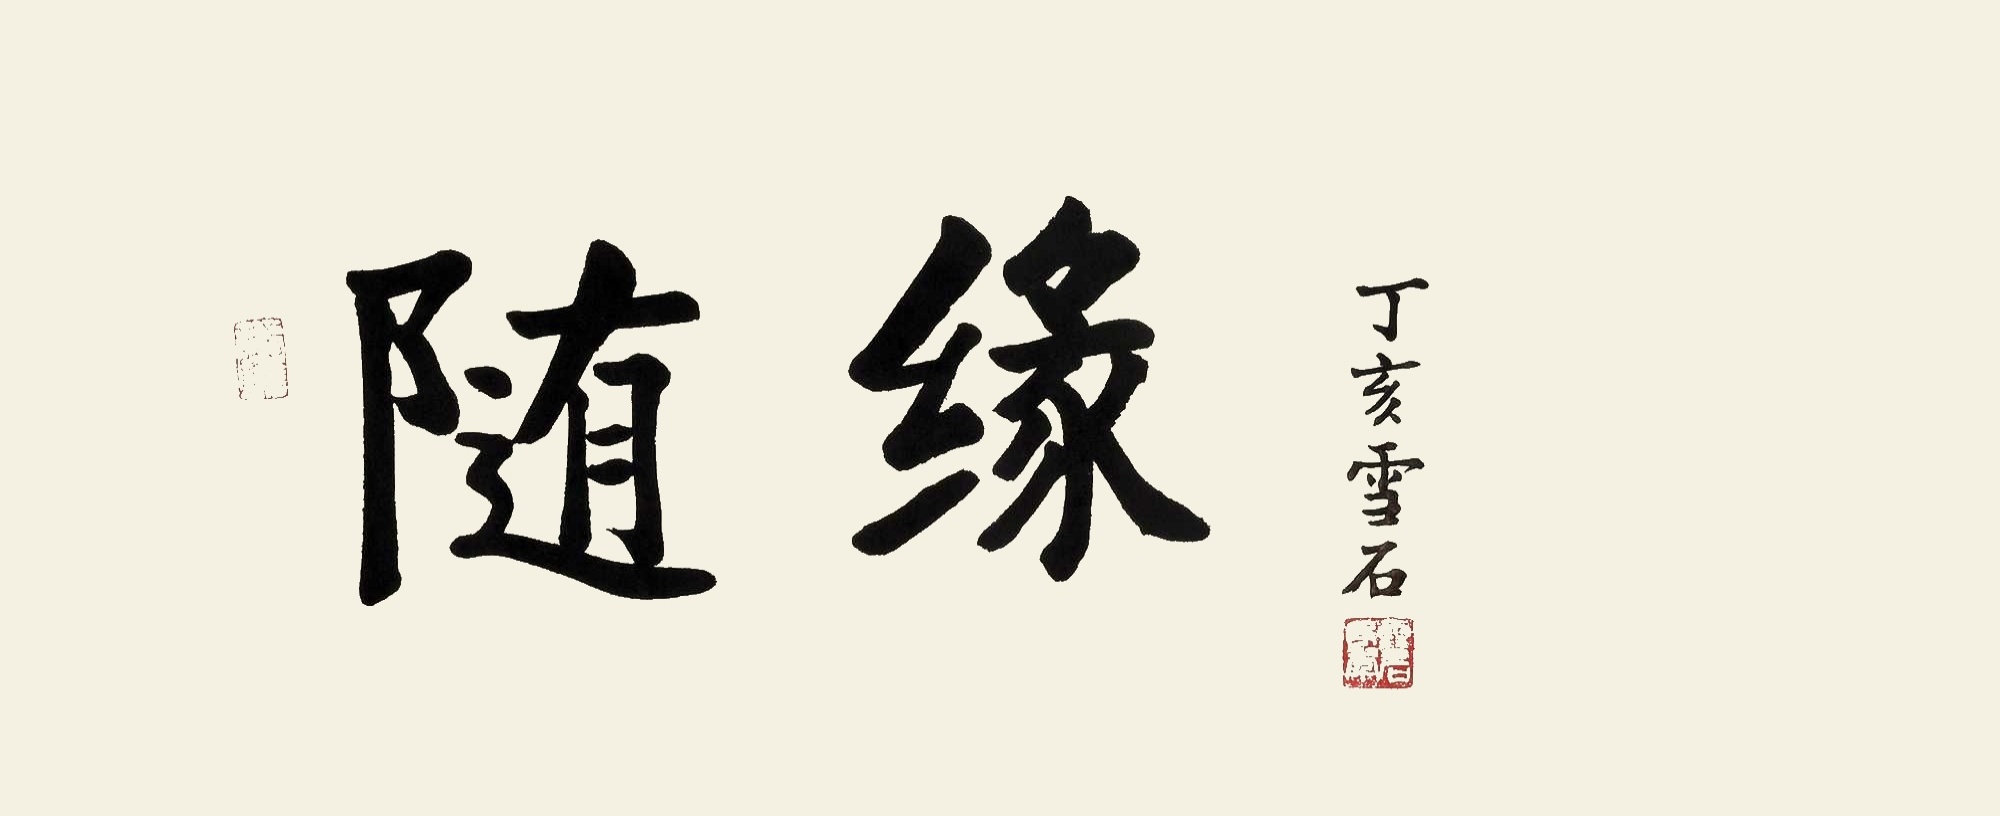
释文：随缘丁亥雪石